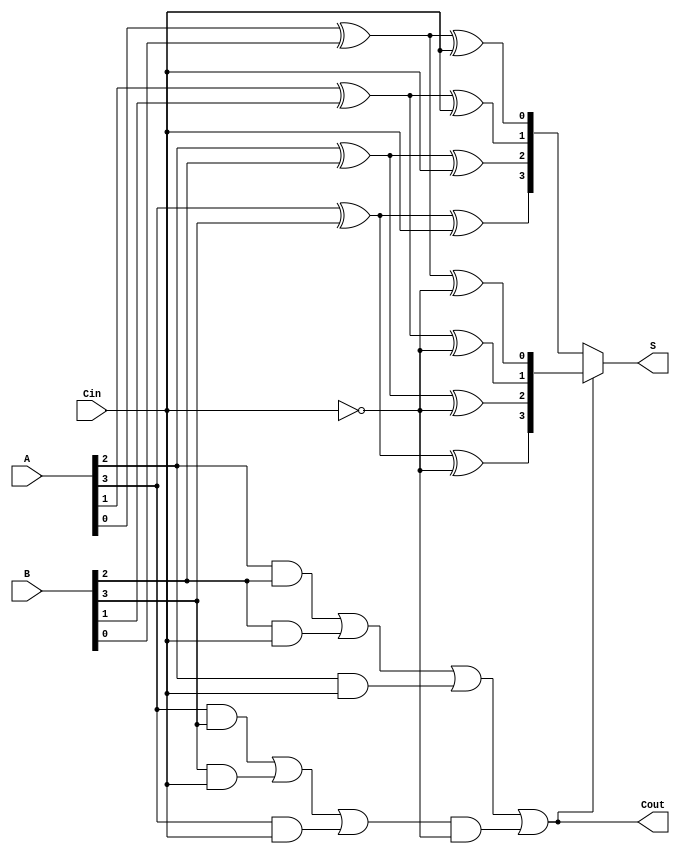
module conditional_sum_adder #(parameter N = 4) (
    input  [N-1:0] A,    // First n-bit binary number
    input  [N-1:0] B,    // Second n-bit binary number
    input          Cin,   // Carry-in
    output [N-1:0] S,     // Sum output
    output         Cout    // Carry-out
);

    wire [N-1:0] S0; // Sum when Cin = 0
    wire [N-1:0] S1; // Sum when Cin = 1
    wire [N-1:0] C0; // Carry-out when Cin = 0
    wire [N-1:0] C1; // Carry-out when Cin = 1
    wire [N-1:0] carry; // Intermediate carry signals

    // Generate partial sums and carries
    genvar i;
    generate
        for (i = 0; i < N; i = i + 1) begin : CSA
            assign S0[i] = A[i] ^ B[i] ^ Cin; // Partial sum when Cin = 0
            assign S1[i] = A[i] ^ B[i] ^ (Cin ^ 1); // Partial sum when Cin = 1
            
            assign C0[i] = (A[i] & B[i]) | (B[i] & Cin) | (A[i] & Cin); // Carry-out when Cin = 0
            assign C1[i] = C0[i]; // Carry-out when Cin = 1
            
            if (i == 0) begin
                assign carry[i] = Cin ? C1[i] : C0[i]; // Use carry based on Cin for the first bit
            end else begin
                assign carry[i] = (Cin ? C1[i-1] : C0[i-1]) | (C0[i] & (Cin ^ 1)); // Carry logic for other bits
            end
        end
    endgenerate

    // MUX to select appropriate sum based on carry-out
    assign S = (carry[N-1]) ? S1 : S0; // Final sum output
    assign Cout = carry[N-1]; // Final carry-out

endmodule